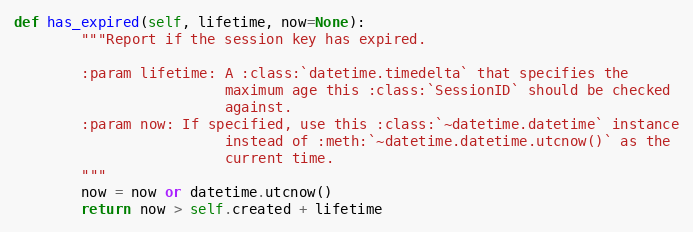
Language: Python
def has_expired(self, lifetime, now=None):
        """Report if the session key has expired.

        :param lifetime: A :class:`datetime.timedelta` that specifies the
                         maximum age this :class:`SessionID` should be checked
                         against.
        :param now: If specified, use this :class:`~datetime.datetime` instance
                         instead of :meth:`~datetime.datetime.utcnow()` as the
                         current time.
        """
        now = now or datetime.utcnow()
        return now > self.created + lifetime